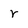
Character: r